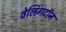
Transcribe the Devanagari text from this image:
वेलिंगटॉन